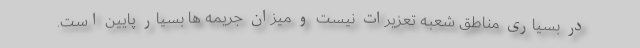
در بسیاری مناطق شعبه تعزیرات نیست و میزان جریمه ها بسیار پایین است.